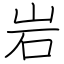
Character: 岩